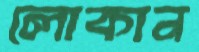
লোকান